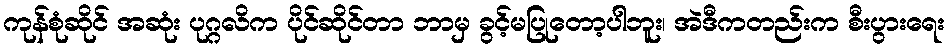
ကုန်စုံဆိုင် အဆုံး ပုဂ္ဂလိက ပိုင်ဆိုင်တာ ဘာမှ ခွင့်မပြုတော့ပါဘူး၊ အဲဒီကတည်းက စီးပွားရေး